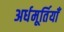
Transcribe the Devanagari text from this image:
अर्धमूर्तियाँ